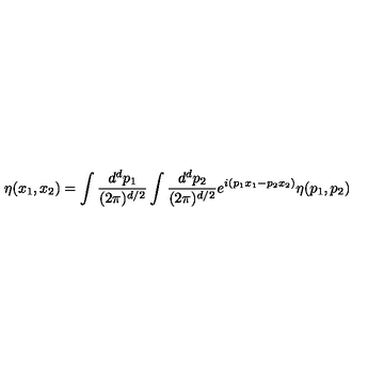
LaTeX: \eta ( x _ { 1 } , x _ { 2 } ) = \int { \frac { d ^ { d } p _ { 1 } } { ( 2 \pi ) ^ { d / 2 } } } \int { \frac { d ^ { d } p _ { 2 } } { ( 2 \pi ) ^ { d / 2 } } } e ^ { i ( p _ { 1 } x _ { 1 } - p _ { 2 } x _ { 2 } ) } \eta ( p _ { 1 } , p _ { 2 } )